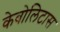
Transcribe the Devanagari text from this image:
केबोलिटास